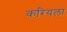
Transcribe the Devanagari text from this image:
करियला